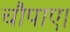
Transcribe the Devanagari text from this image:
चौपाए।